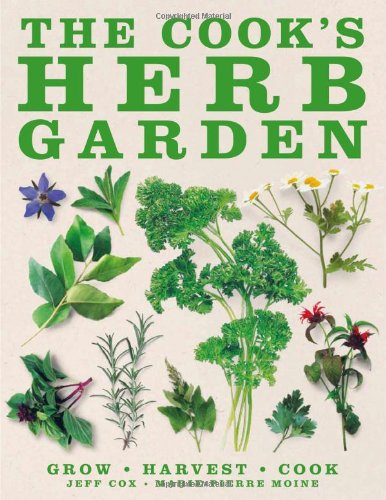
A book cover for The Cook's Herb Garden; DK Publishing; Cookbooks, Food & Wine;